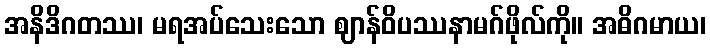
အနိဒိဂတဿ၊ မရအပ်သေးသော ဈာန်ဝိပဿနာမဂ်ဖိုလ်ကို။ အဓိဂမာယ၊